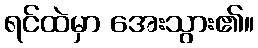
ရင်ထဲမှာ အေးသွား၏။